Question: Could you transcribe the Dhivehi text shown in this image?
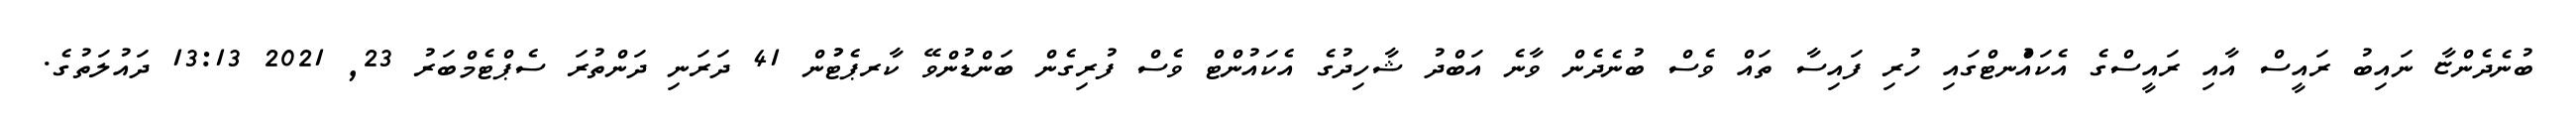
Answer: ބުނެދެންޏާ ނައިބު ރައީސް އާއި ރައީސްގެ އެކައުްނޓްގައި ހުރި ފައިސާ ތައް ވެސް ބުނެދެން ވާނެ އަބްދު ޝާހިދުގެ އެކައުންޓް ވެސް ފުރިގެން ބަންޑުންވޭ ކާރޕެޓުުން 41 ދަރަނި ދަންތުރަ ސެޕްޓެމްބަރު 23, 2021 13:13 ދައުލަތުގެ.